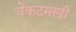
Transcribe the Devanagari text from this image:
वेंकटमखी